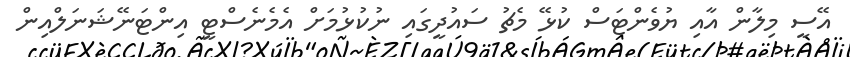
އޭސީ މިލާން އާއި ޔުވެންޓަސް ކުޅޭ މެޗު ސައުދީގައި ނުކުޅުމަށް އެމެނެސްޓީ އިންޓަނޭޝަނަލްއިން